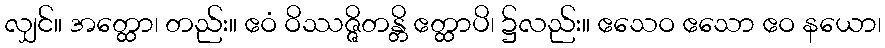
လျှင်။ အတ္ထော၊ တည်း။ ဧဝံ ဝိဿဇ္ဇိတန္တိ ဧတ္ထာပိ၊ ၌လည်း။ ဧသေဝ ဧသော ဧဝ နယော၊